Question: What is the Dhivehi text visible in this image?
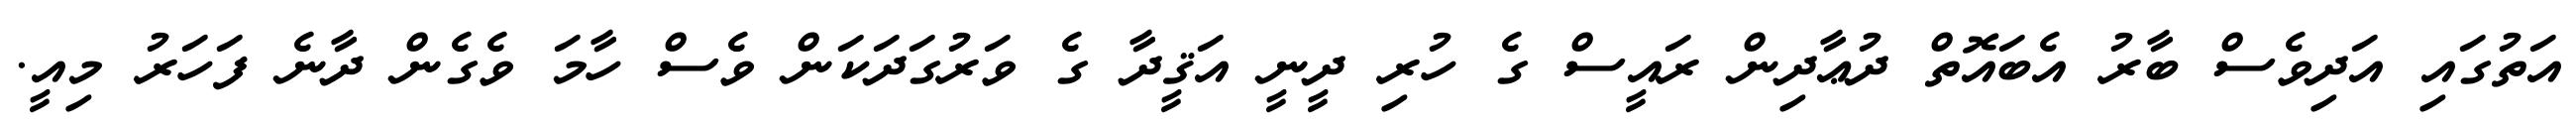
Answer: އަތުގައި އަދިވެސް ބާރު އެބައޮތް ދުޢާދިން ރައީސް ގެ ހުރި ދީނީ އަޤީދާ ގެ ވަރުގަދަކަން ވެސް ހާމަ ވެގެން ދާނެ ފަހަރު މިއީ.